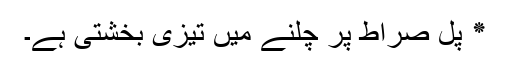
٭ پل صراط پر چلنے میں تیزی بخشتی ہے۔